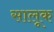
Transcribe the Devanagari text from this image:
सालूक